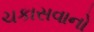
ચકાસવાનો